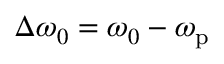
\Delta \omega _ { 0 } = \omega _ { 0 } - \omega _ { \mathrm { p } }